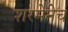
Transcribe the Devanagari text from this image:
शरमेनेच